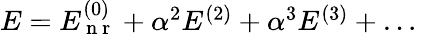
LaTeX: \begin{array}{r}{E=E_{\mathrm{~n~r~}}^{(0)}+\alpha^{2}E^{(2)}+\alpha^{3}E^{(3)}+\ldots\; }\end{array}